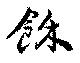
餘